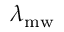
\lambda _ { \mathrm { m w } }